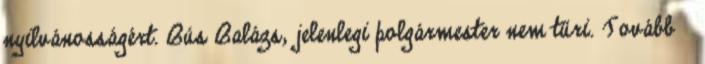
nyilvánosságért. Bús Balázs, jelenlegi polgármester nem tűri. Tovább ›